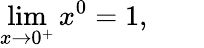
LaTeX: \operatorname*{lim}_{x\to 0^{+}}x^{0}=1,\qquad